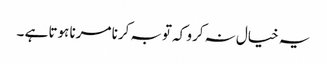
یہ خیال نہ کرو کہ توبہ کرنا مرنا ہوتا ہے ۔